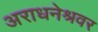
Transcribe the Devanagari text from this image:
अराधनेश्रवर